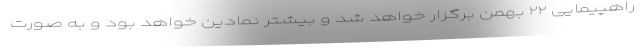
راهپیمایی ۲۲ بهمن برگزار خواهد شد و بیشتر نمادین خواهد بود و به صورت